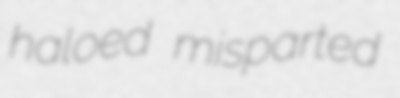
haloed misparted